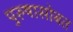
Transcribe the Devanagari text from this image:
पुरुषासोबत